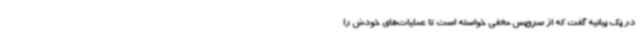
در یک بیانیه گفت که از سرویس مخفی خواسته است تا عملیات‌های خودش را